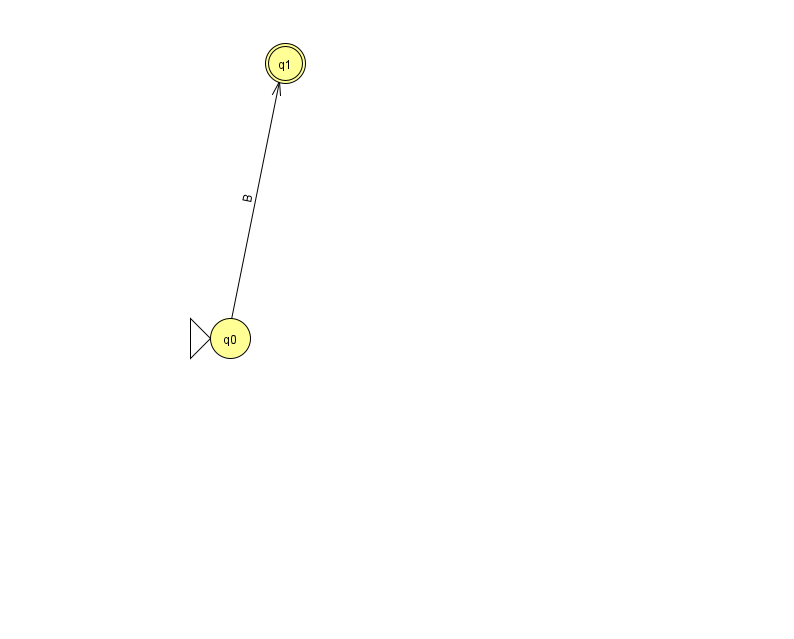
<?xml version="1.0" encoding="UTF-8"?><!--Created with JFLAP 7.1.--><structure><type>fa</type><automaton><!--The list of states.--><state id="0" name="q0"><x>230.0</x><y>325.0</y><initial/></state><state id="1" name="q1"><x>285.0</x><y>50.0</y><final/></state><!--The list of transitions.--><transition><from>0</from><to>1</to><read>B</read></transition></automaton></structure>